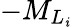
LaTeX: -{M}_{L_{\mathit{i}}}